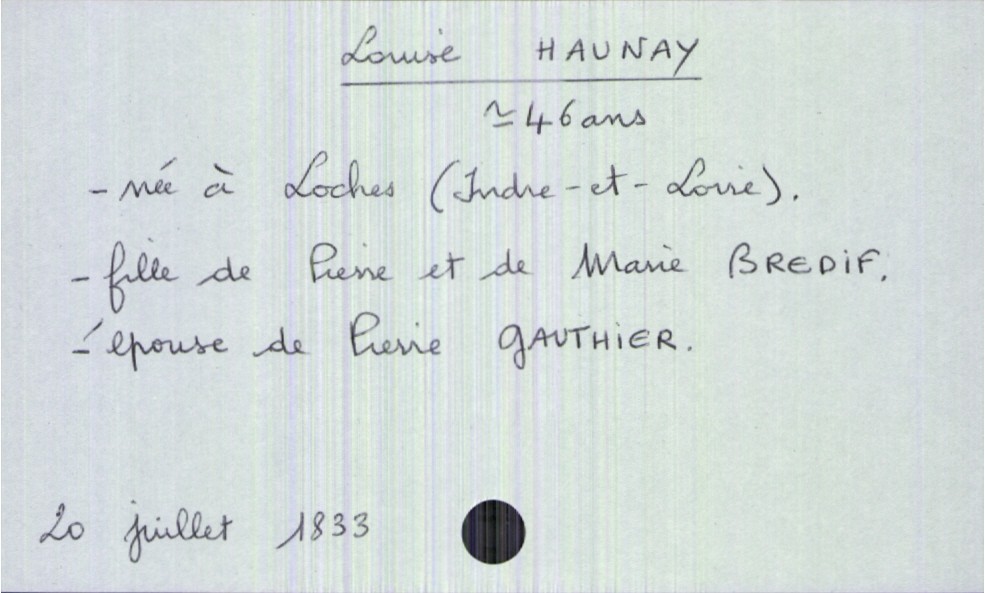
type_acte: Décès
année: 1833
mois: juillet
jour: 20
défunt_nom: Haunay
défunt_prénom: Louise
défunt_sexe: F
défunt_âge: 46 ans
défunt_lieu_de_naissance: Loches (Indre-et-Loire)
défunt_statut: marié(e)
père_défunt_nom: Haunay
père_défunt_prénom: Pierre
mère_défunt_nom: Bredif
mère_défunt_prénom: Marie